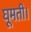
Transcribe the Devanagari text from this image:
घूमती।